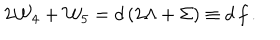
2 { \cal W } _ { 4 } + { \cal W } _ { 5 } = d \left( 2 \Lambda + \Sigma \right) \equiv d \, f \, .